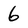
Character: 6